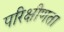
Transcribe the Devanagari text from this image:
परिक्षीणता